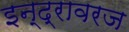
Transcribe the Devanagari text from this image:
इन्द्रावरज